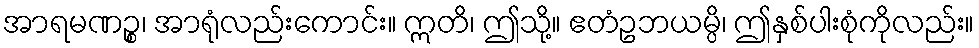
အာရမဏဉ္စ၊ အာရုံလည်းကောင်း။ ဣတိ၊ ဤသို့။ ဧတံဥဘယမ္ပိ၊ ဤနှစ်ပါးစုံကိုလည်း။